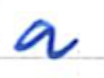
Text: a
Cross-out: clean
Writing tool: ballpoint